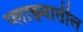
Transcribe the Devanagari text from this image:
प्लाझ्मातील